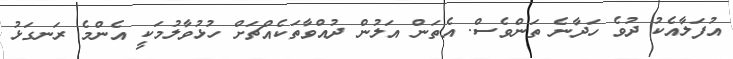
އުފަލާއެކު ދުވެ ހަދާނެ ތަންވެސް. އެތަން އަލުން ދުއްވާތަކެއްޗަށް ހުޅުވާލުމަކީ އެންމެ ރަނގަޅު